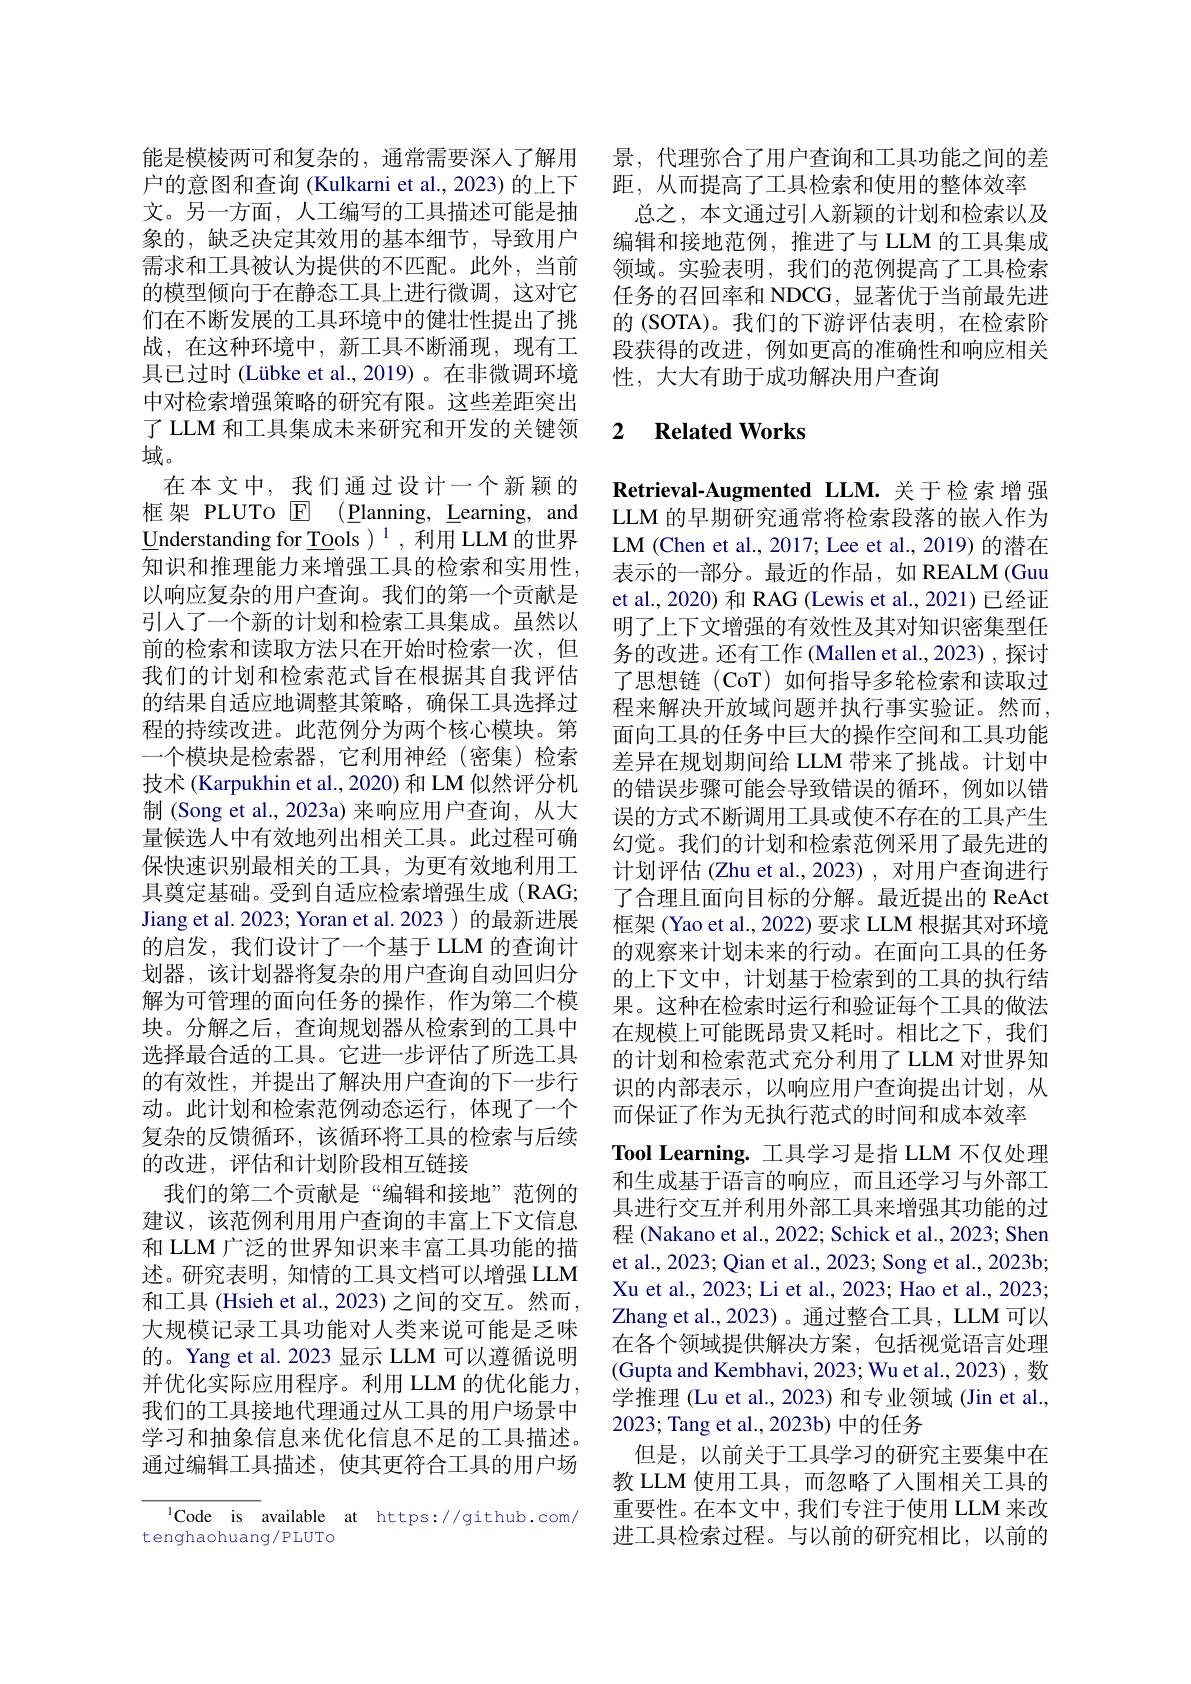
文。另一方面，人工编写的工具描述可能是抽象的，缺乏决定其效用的基本细节，导致用户需求和工具被认为提供的不匹配。此外，当前的模型倾向于在静态工具上进行微调，这对它们在不断发展的工具环境中的健壮性提出了挑战，在这种环境中，新工具不断涌现，现有工具已过时 (Lübke et al., 2019)。在非微调环境中对检索增强策略的研究有限。这些差距突出了 LLM 和工具集成未来研究和开发的关键领域。
在本文中，我们通过设计一个新颖的框架 PLUTo $\overline {\mathbb{E} }$ $( \underline {\mathbb{P} }$lanning, Learning, and $\underline{\text{Understanding for Tools }}^1,\bar{\text{利用 LLM 的世界}}$ 知识和推理能力来增强工具的检索和实用性， 以响应复杂的用户查询。我们的第一个贡献是引人了一个新的计划和检索工具集成。虽然以前的检索和读取方法只在开始时检索一次，但我们的计划和检索范式旨在根据其自我评估的结果自适应地调整其策略，确保工具选择过程的持续改进。此范例分为两个核心模块。第一个模块是检索器，它利用神经(密集)检索技术 (Karpukhin et al., 2020) 和 LM 似然评分机制 (Song et al., 2023a) 来响应用户查询，从大量候选人中有效地列出相关工具。此过程可确保快速识别最相关的工具，为更有效地利用工具奠定基础。受到自适应检索增强生成(RAG; Jiang et al. 2023; Yoran et al. 2023 ) 的最新进展的启发，我们设计了一个基于 LLM 的查询计划器，该计划器将复杂的用户查询自动回归分解为可管理的面向任务的操作，作为第二个模块。分解之后，查询规划器从检索到的工具中选择最合适的工具。它进一步评估了所选工具的有效性，并提出了解决用户查询的下一步行动。此计划和检索范例动态运行，体现了一个复杂的反馈循环，该循环将工具的检索与后续的改进，评估和计划阶段相互链接
我们的第二个贡献是“编辑和接地”范例的建议，该范例利用用户查询的丰富上下文信息和 LLM 广泛的世界知识来丰富工具功能的描述。研究表明，知情的工具文档可以增强 LLM 和工具 (Hsieh et al., 2023) 之间的交互。然而， 大规模记录工具功能对人类来说可能是乏味的。Yang et al. 2023 显示 LLM 可以遵循说明并优化实际应用程序。利用 LLM 的优化能力， 我们的工具接地代理通过从工具的用户场景中学习和抽象信息来优化信息不足的工具描述。通过编辑工具描述，使其更符合工具的用户场

$^{\mathrm{l}}$Code is available at https://github.com/
tenghaohuang/PLUTo

能是模棱两可和复杂的，通常需要深人了解用 景，代理弥合了用户查询和工具功能之间的差
户的意图和查询 (Kulkarni et al., 2023) 的上下 距，从而提高了工具检索和使用的整体效率
总之，本文通过引人新颖的计划和检索以及编辑和接地范例，推进了与 LLM 的工具集成领域。实验表明，我们的范例提高了工具检索任务的召回率和 NDCG, 显著优于当前最先进的 (SOTA)。我们的下游评估表明，在检索阶段获得的改进，例如更高的准确性和响应相关性，大大有助于成功解决用户查询

## 2 $\textbf{Related Works}$

Retrieval-Augmented LLM. 关于检索增强LLM 的早期研究通常将检索段落的嵌入作为LM (Chen et al., 2017; Lee et al., 2019) 的潜在表示的一部分。最近的作品，如 REALM (Guu et al., 2020) 和 RAG (Lewis et al., 2021) 已经证明了上下文增强的有效性及其对知识密集型任务的改进。还有工作 (Mallen et al.,2023) , 探讨了思想链(CoT)如何指导多轮检索和读取过程来解决开放域问题并执行事实验证。然而， 面向工具的任务中巨大的操作空间和工具功能差异在规划期间给 LLM 带来了挑战。计划中的错误步骤可能会导致错误的循环，例如以错误的方式不断调用工具或使不存在的工具产生幻觉。我们的计划和检索范例采用了最先进的计划评估 (Zhu et al., 2023) , 对用户查询进行了合理且面向目标的分解。最近提出的 ReAct 框架 (Yao et al., 2022) 要求 LLM 根据其对环境的观察来计划未来的行动。在面向工具的任务的上下文中，计划基于检索到的工具的执行结果。这种在检索时运行和验证每个工具的做法在规模上可能既昂贵又耗时。相比之下，我们的计划和检索范式充分利用了 LLM 对世界知识的内部表示，以响应用户查询提出计划，从而保证了作为无执行范式的时间和成本效率
Tool Learning. 工具学习是指 LLM 不仅处理和生成基于语言的响应，而且还学习与外部工具进行交互并利用外部工具来增强其功能的过程 (Nakano et al., 2022; Schick et al., 2023; Shen et al., 2023; Qian et al., 2023; Song et al., 2023b; Xu et al., 2023; Li et al., 2023; Hao et al., 2023; Zhang et al. , 2023) 。通 过 整 合 工 具 , LLM 可以在各个领域提供解决方案，包括视觉语言处理(Gupta and Kembhavi, 2023; Wu et al., 2023) , 数学推理 (Lu et al., 2023) 和专业领域 (Jin et al., 2023; Tang et al., 2023b) 中的任务
但是，以前关于工具学习的研究主要集中在教 LLM 使用工具，而忽略了人围相关工具的重要性。在本文中，我们专注于使用 LLM 来改进工具检索过程。与以前的研究相比，以前的